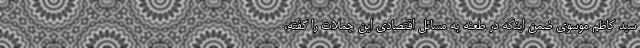
سید کاظم موسوی ضمن اینکه در طعنه به مسائل اقتصادی این جملات را گفته،